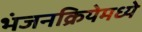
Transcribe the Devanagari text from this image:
भंजनक्रियेमध्ये